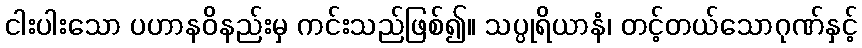
ငါးပါးသော ပဟာနဝိနည်းမှ ကင်းသည်ဖြစ်၍။ သပ္ပုရိယာနံ၊ တင့်တယ်သောဂုဏ်နှင့်